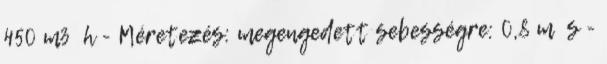
450 m3 h - Méretezés: megengedett sebességre: 0,8 m s -